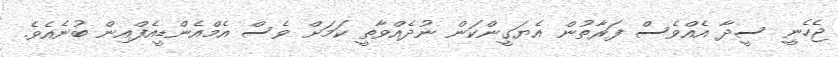
ޖެހެނީ ސީދާ އެއްވެސް ފަރާތުން އެޔަގީންކަން ނުދެއްވާތީ ކަމަށް ވެސް އެމްއެންޑީއެފްއިން ބުނެއެވެ.